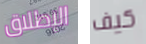
الإطلاق كيف